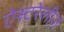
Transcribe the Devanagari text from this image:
ऐस्टरेलीज़